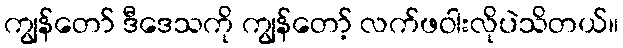
ကျွန်တော် ဒီဒေသကို ကျွန်တော့် လက်ဖဝါးလိုပဲသိတယ်။